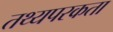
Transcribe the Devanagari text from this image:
तथ्यपरकता